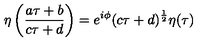
\eta \left( \frac { a \tau + b } { c \tau + d } \right) = e ^ { i \phi } ( c \tau + d ) ^ { \frac { 1 } { 2 } } \eta ( \tau )